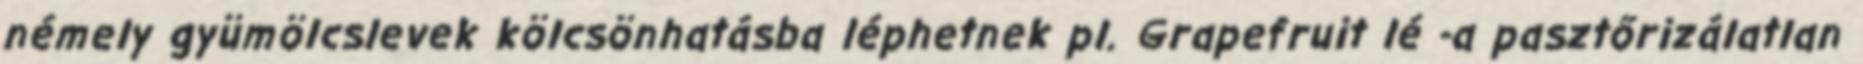
némely gyümölcslevek kölcsönhatásba léphetnek pl. Grapefruit lé -a pasztőrizálatlan